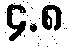
၄.၈